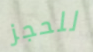
للحجز